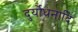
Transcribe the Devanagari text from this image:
दुर्योधनादि